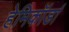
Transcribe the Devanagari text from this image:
हेमिकॉर्डा